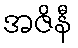
အဇိနီ